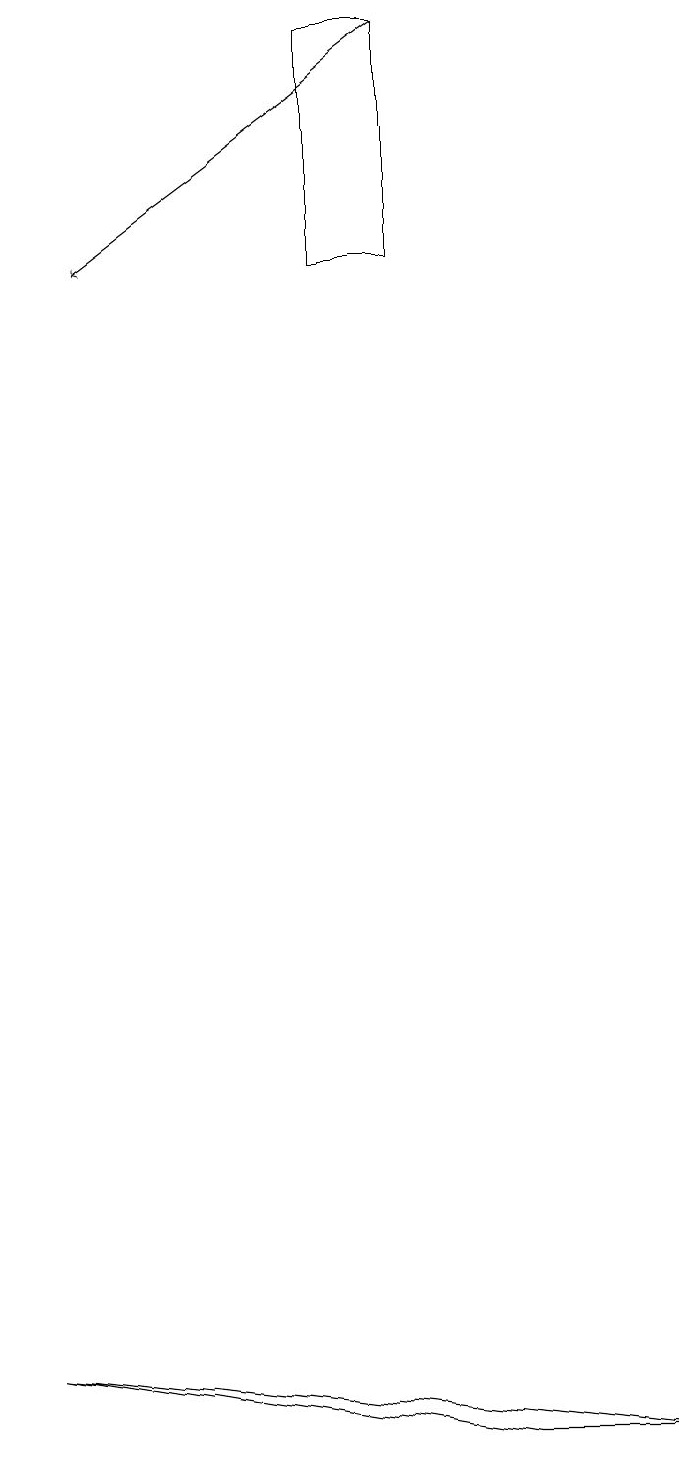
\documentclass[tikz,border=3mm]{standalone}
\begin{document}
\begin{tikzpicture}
\draw (6,0) -- (8,0) -- (0,1) -- cycle;
\draw (5,15) rectangle (4,18);
\draw[->] (5,18) -- (1,15);
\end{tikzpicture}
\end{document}